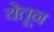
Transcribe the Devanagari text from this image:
येतून